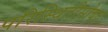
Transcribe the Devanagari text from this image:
परिस्थितीसोबत